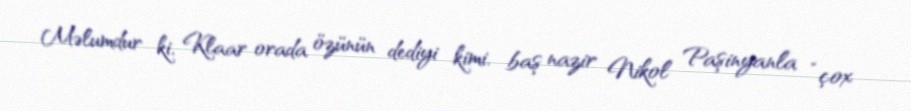
Məlumdur ki, Klaar orada özünün dediyi kimi, baş nazir Nikol Paşinyanla “çox